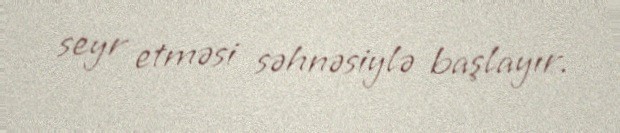
seyr etməsi səhnəsiylə başlayır.